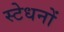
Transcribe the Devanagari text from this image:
स्टेधनों